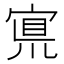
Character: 𡩇